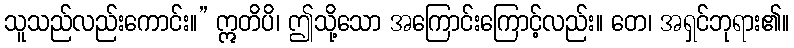
သူသည်လည်းကောင်း။” ဣတိပိ၊ ဤသို့သော အကြောင်းကြောင့်လည်း။ တေ၊ အရှင်ဘုရား၏။